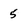
Character: 5